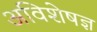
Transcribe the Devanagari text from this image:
अविशेषज्ञ